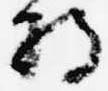
将